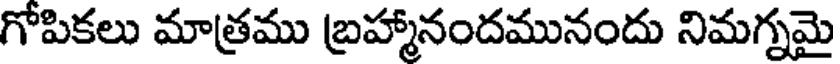
గోపికలు మాత్రము బ్రహ్మానందమునందు నిమగ్నమై